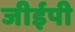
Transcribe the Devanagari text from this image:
जीईपी